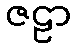
ဇဠာ